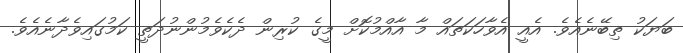
ބަޔަކު ތިބޭނެއެވެ. އެއީ އެވާހަކަތައް މާ އާއްމުކޮށް މީގެ ކުރިން ދެކެވެމުންނުދަތީ ކަމުގައިވެދާނެއެވެ.